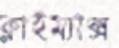
ক্লাইম্যাক্স